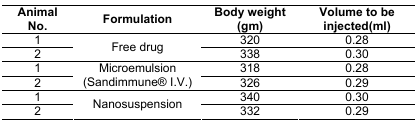
<table><thead><tr><td><b>Animal No.</b></td><td><b>Formulation</b></td><td><b>Body weight (gm)</b></td><td><b>Volume to be injected(ml)</b></td></tr></thead><tbody><tr><td>1</td><td rowspan="2">Free drug</td><td>320</td><td>0.28</td></tr><tr><td>2</td><td>338</td><td>0.30</td></tr><tr><td>1</td><td rowspan="2">Microemulsion (Sandimmune® I.V.)</td><td>318</td><td>0.28</td></tr><tr><td>2</td><td>326</td><td>0.29</td></tr><tr><td>1</td><td rowspan="2">Nanosuspension</td><td>340</td><td>0.30</td></tr><tr><td>2</td><td>332</td><td>0.29</td></tr></tbody></table>